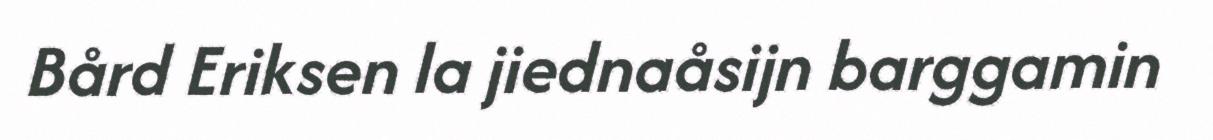
Bård Eriksen la jiednaåsijn barggamin